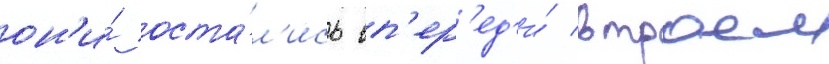
он'и́ оста́л'ись вп'ер'ед'и́ втроем